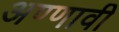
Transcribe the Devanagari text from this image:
अण्णावी